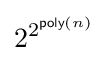
2^{2^{{\textsf {poly}}(n)}}